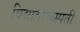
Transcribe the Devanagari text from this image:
विद्यावाच्य्स्पती